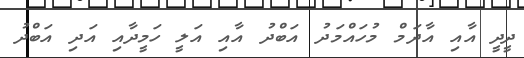
ދީދީ އާއި އާދަމް މުހައްމަދު އަބްދު އާއި އަލީ ހަމީދާއި އަދި އަބްދު